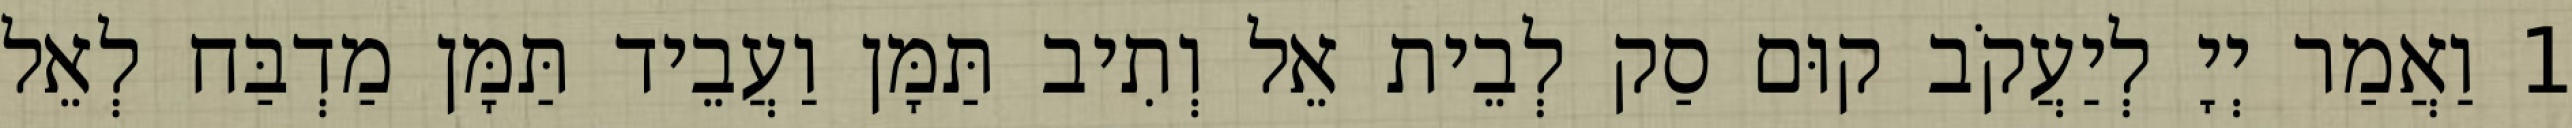
1 וַאֲמַר יְיָ לְיַעֲקֹב קוּם סַק לְבֵית אֵל וְתִיב תַּמָּן וַעֲבֵיד תַּמָּן מַדְבַּח לְאֵל